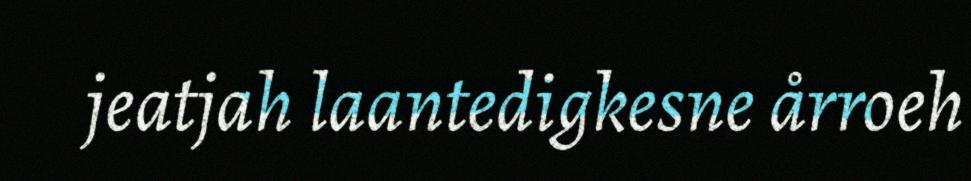
jeatjah laantedigkesne årroeh